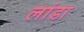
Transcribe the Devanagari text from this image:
लांडा